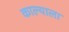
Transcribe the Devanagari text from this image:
काल्याला